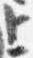
上